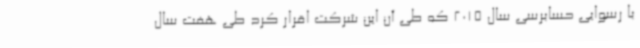
با رسوایی حسابرسی سال 2015 که طی آن این شرکت اقرار کرد طی هفت سال